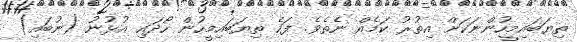
ތިޔަބައިމީހުންނަކަށް އިތުރު ކަމެއް ނެތެވެ. ފަހެ ތިޔަބައިމީހުން ހޯދައި އުޅުނު (ނުބައި)